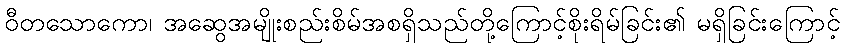
ဝီတသောကော၊ အဆွေအမျိုးစည်းစိမ်အစရှိသည်တို့ကြောင့်စိုးရိမ်ခြင်း၏ မရှိခြင်းကြောင့်